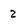
Character: 2